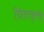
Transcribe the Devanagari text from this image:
चित्तवृत्ती